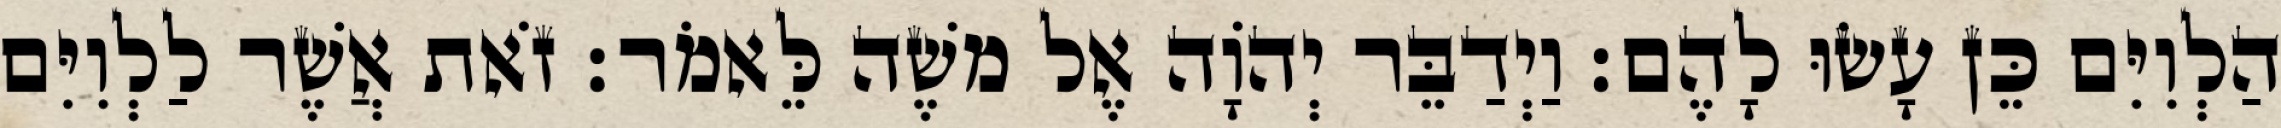
הַלְוִיִּם כֵּן עָשׂוּ לָהֶם׃ וַיְדַבֵּר יְהוָֹה אֶל משֶׁה לֵּאמֹר׃ זֹאת אֲשֶׁר לַלְוִיִּם